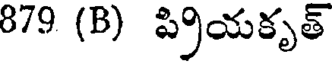
879 (B) ప్రియకృత్